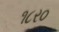
૧૮ર૦